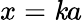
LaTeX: x=\mathit{k}a